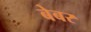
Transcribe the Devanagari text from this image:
बेबर